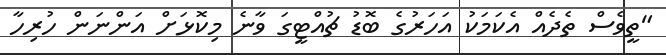
"ތީވެސް ތެދެއް އެކަމަކު އަހަރުގެ ބޮޑު ޗުއްޓީގަ ވާނެ މިކޮޅަށް އަންނަން ހުރިހާ